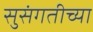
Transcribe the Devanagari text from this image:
सुसंगतीच्या